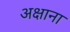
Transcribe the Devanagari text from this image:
अक्षाना